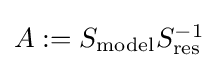
{\textstyle A:=S_{\text{model}}S_{\text{res}}^{-1}}